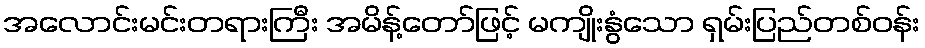
အလောင်းမင်းတရားကြီး အမိန့်တော်ဖြင့် မကျိုးနွံသော ရှမ်းပြည်တစ်ဝန်း